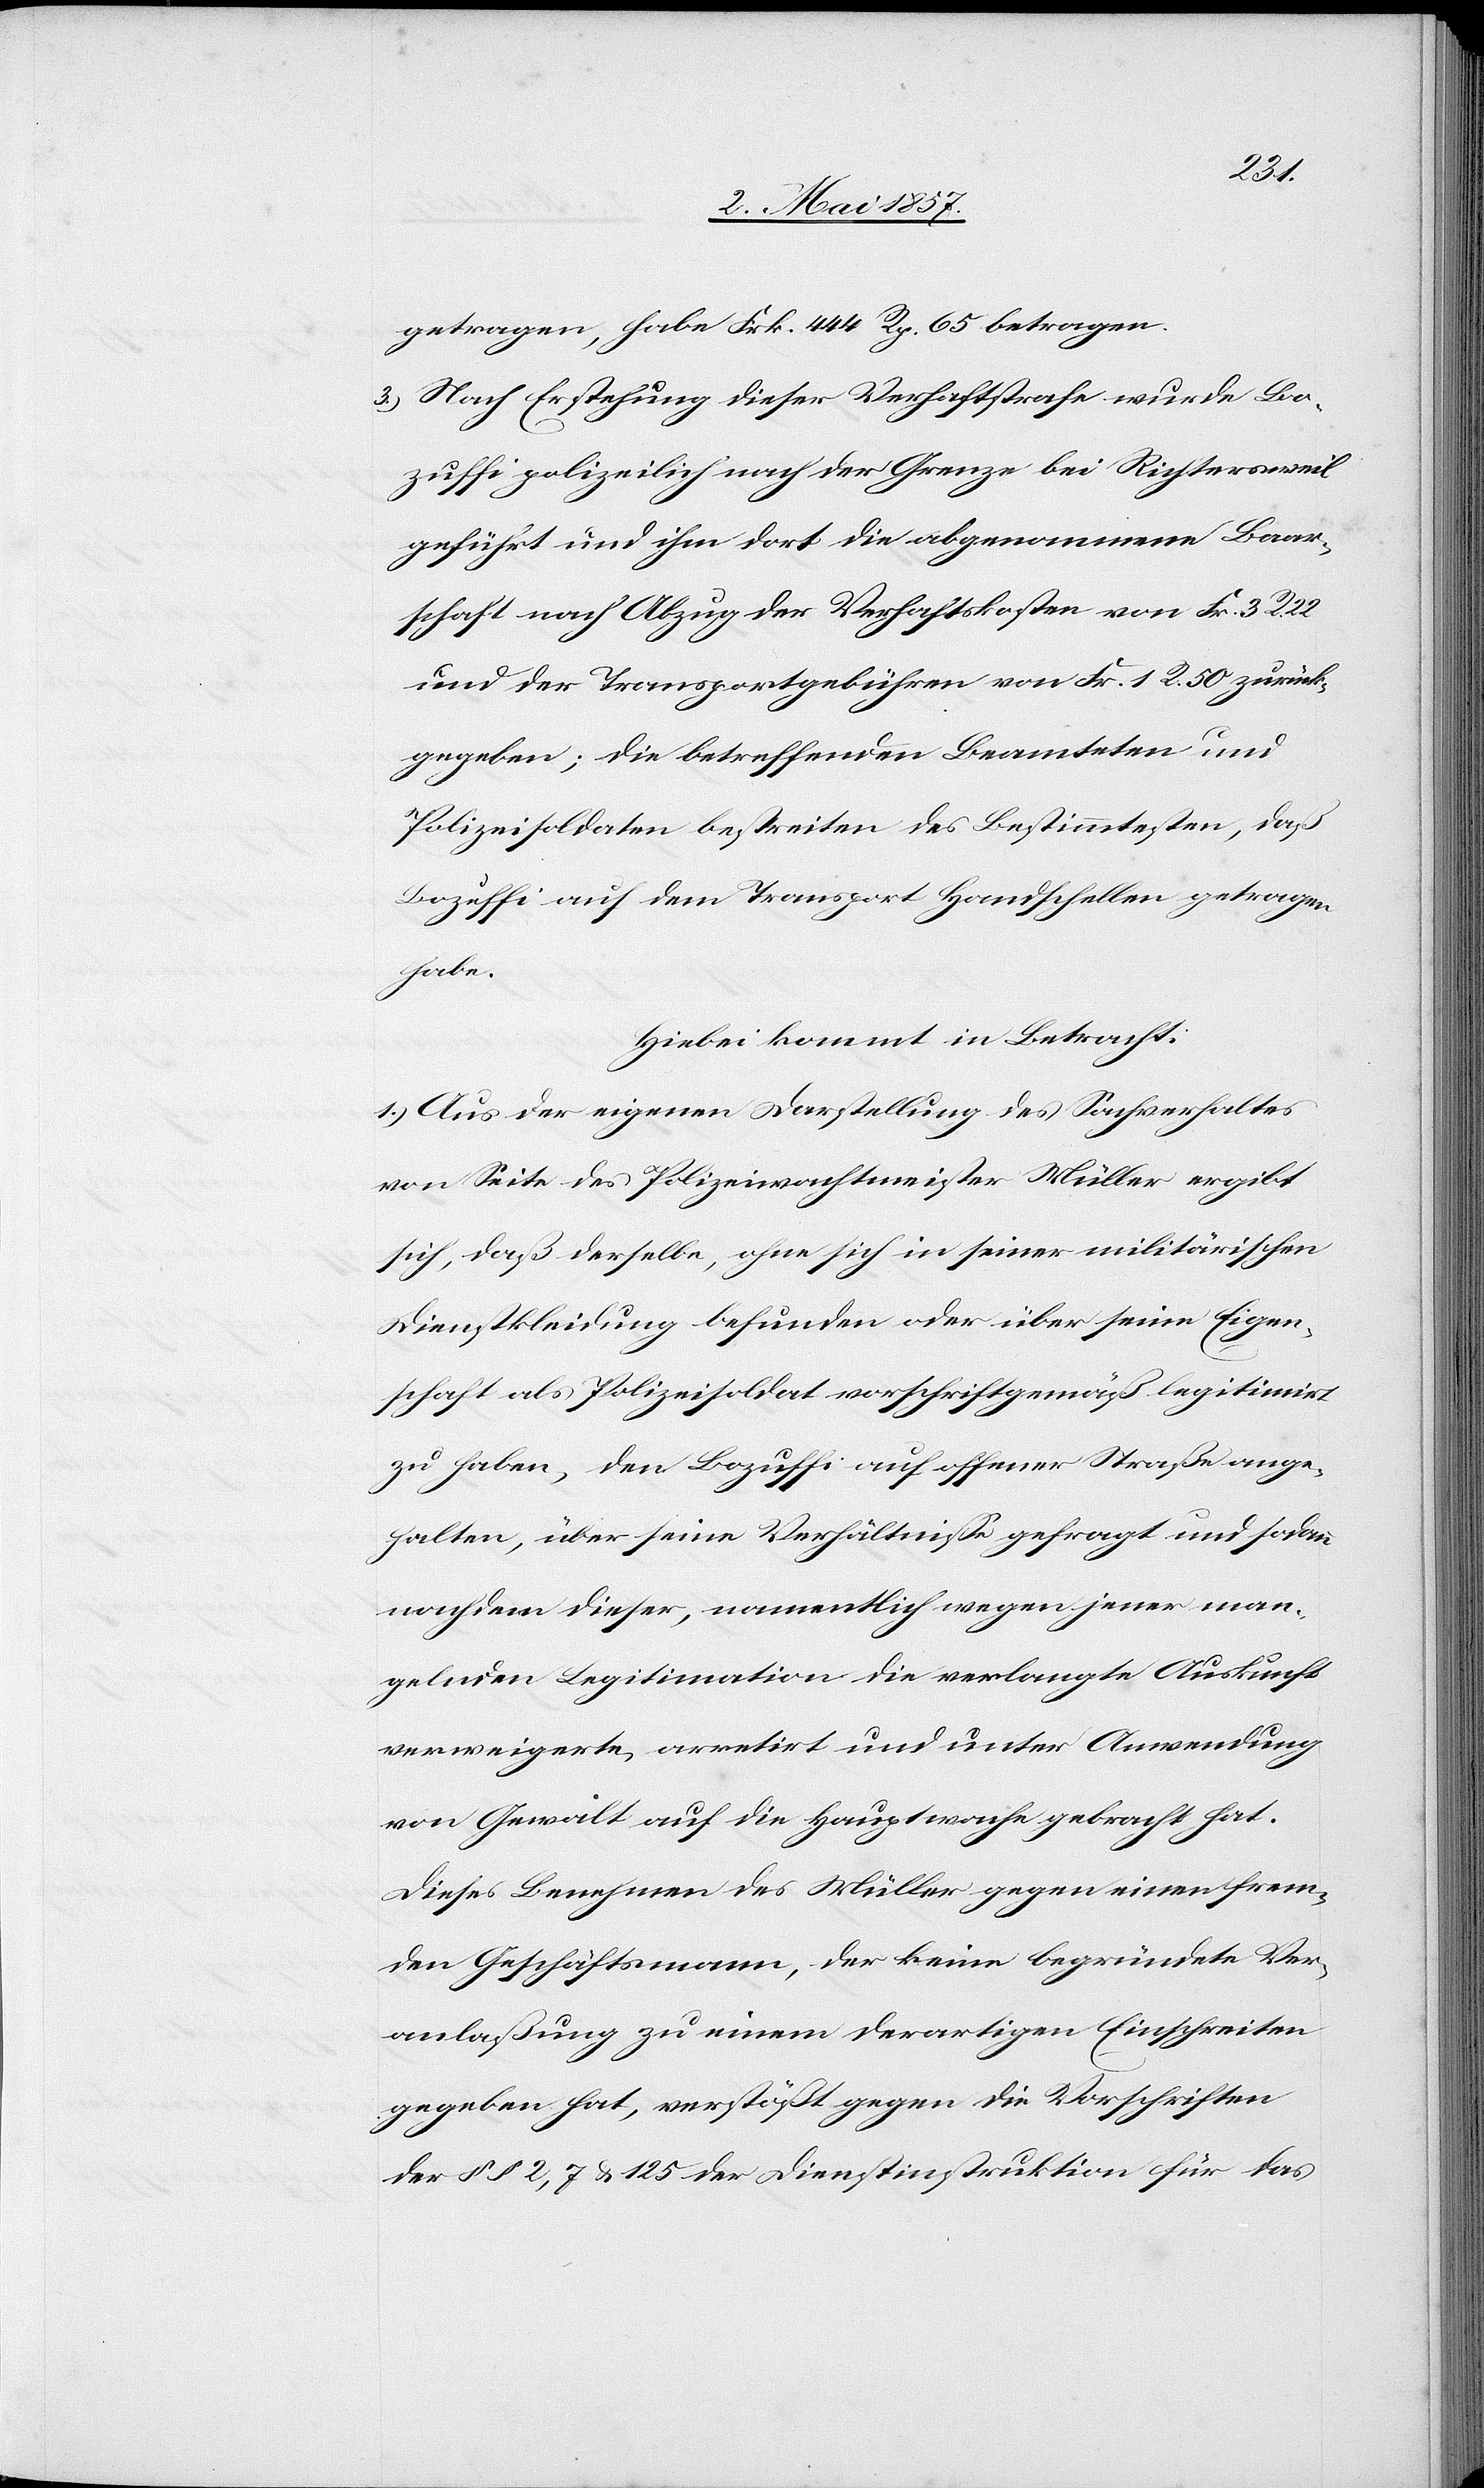
getragen, habe Frk. 444 Rp. 65 betragen.
3.) Nach Erstehung dieser Verhaftstrafe wurde Bo¬
zuffi polizeilich nach der Grenze bei Richtersweil
geführt und ihm dort die abgenommene Baar¬
schaft nach Abzug der Verhaftskosten von Frk. 3 R. 22
und der Transportgebühren von Frk. 1 R. 50 zurück¬
gegeben; die betreffenden Beamteten und
Polizeisoldaten bestreiten des Bestimmtesten, daß
Bozuffi auf dem Transport Handschellen getragen
habe.
Hiebei kommt in Betracht:
1.) Aus der eigenen Darstellung des Sachverhaltes
von Seite des Polizeiwachtmeister Müller ergibt
sich, daß derselbe, ohne sich in seiner militärischen
Dienstkleidung befunden oder über seine Eigen¬
schaft als Polizeisoldat vorschriftsgemäß legitimirt
zu haben, den Bozuffi auf offener Straße ange¬
halten, über seine Verhältnisse gefragt und sodann
nachdem dieser, namentlich wegen jener man¬
gelnden Legitimation die verlangte Auskunft
verweigerte, arretirt und unter Anwendung
von Gewalt auf die Hauptwache gebracht hat.
Diese Benehmen des Müller gegen einen frem¬
den Geschäftsmann, der keine begründete Ver¬
anlaßung zu einem derartigen Einschreiten
gegeben hat, verstößt gegen die Vorschriften
der §§ 2, 7 u. 125 der Dienstinstruktion für das